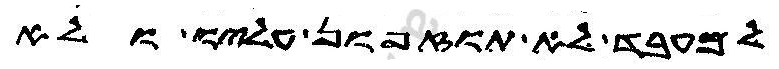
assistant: למעבד לא תוזפון עליו ולא